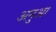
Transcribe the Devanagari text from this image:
अनुआ